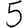
Digit: 5